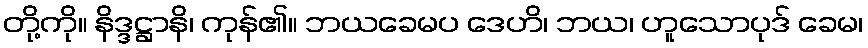
တို့ကို။ နိဒ္ဒဋ္ဌာနိ၊ ကုန်၏။ ဘယခေမပ ဒေဟိ၊ ဘယ၊ ဟူသောပုဒ် ခေမ၊